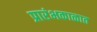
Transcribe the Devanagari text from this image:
प्रारंभकाळात